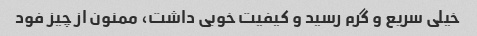
خیلی سریع و گرم رسید و کیفیت خوبی داشت، ممنون از چیز فود